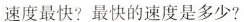
速度最快?最快的速度是多少?